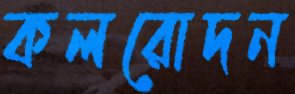
কলরোদন